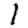
Digit: 1